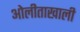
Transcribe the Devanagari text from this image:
ओेलीताखाली